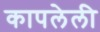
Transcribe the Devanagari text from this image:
कापलेली